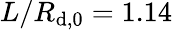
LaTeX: L/R_{\mathrm{d},0}=1.14